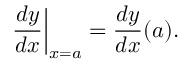
\left. { \frac { d y } { d x } } \right| _ { x = a } = { \frac { d y } { d x } } ( a ) .